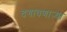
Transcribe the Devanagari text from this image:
दगावणाऱ्या